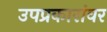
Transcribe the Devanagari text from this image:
उपप्रकारांवर